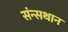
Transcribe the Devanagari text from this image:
संन्सथान